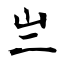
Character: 亗